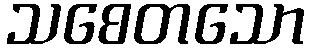
သစေတသော